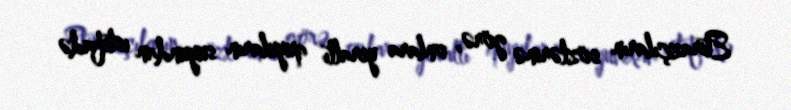
Etirazçıların sözlərinə görə, onlara yeraltı quyuların suyundan istifadə